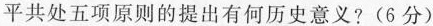
平共处五项原则的提出有何历史意义?(6分)